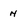
Character: H